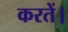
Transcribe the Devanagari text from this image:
करतें।